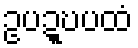
ဥပဍ္ဎပထံ